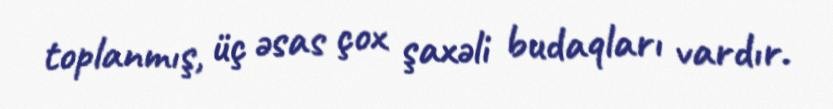
toplanmış, üç əsas çox şaxəli budaqları vardır.